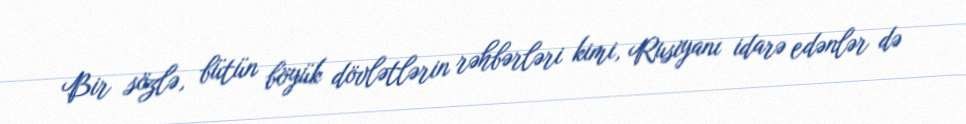
Bir sözlə, bütün böyük dövlətlərin rəhbərləri kimi, Rusiyanı idarə edənlər də